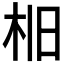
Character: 𣐤